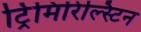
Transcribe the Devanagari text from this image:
ट्रिमिरिल्स्टिन